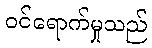
ဝင်ရောက်မှုသည်